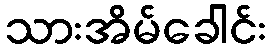
သားအိမ်ခေါင်း